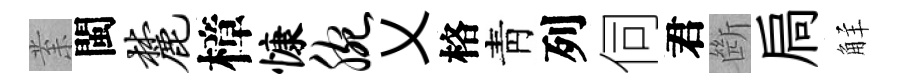
𭪙閩麓樟慷腕乂格靑列伺君㫁扃觧